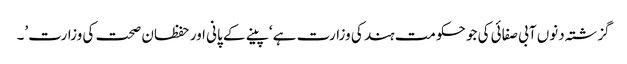
گزشتہ دنوں آبی صفائی کی جو حکومت ہند کی وزارت ہے ‘پینے کے پانی اور حفظان صحت کی وزارت’۔